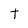
Character: t